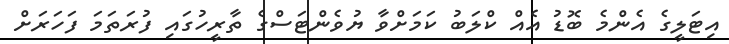
އިޓަލީގެ އެންމެ ބޮޑު އެއް ކްލަބު ކަމަށްވާ ޔުވެންޓަސްގެ ތާރީހުގައި ފުރަތަމަ ފަހަރަށް